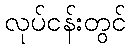
လုပ်ငန်းတွင်